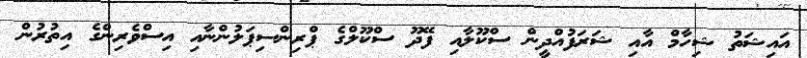
އައިޝަތު ޝިހާމް އާއި ޝަރަފުއްދީން ސްކޫލާއި ފޭދޫ ސްކޫލްގެ ޕްރިންސިޕަލުންނާއި އިސްވެރިންގެ އިތުރުން